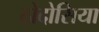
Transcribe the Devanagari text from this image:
ठोदोसिया